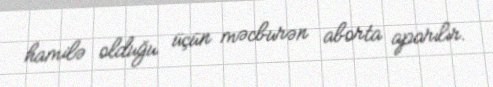
hamilə olduğu üçün məcburən aborta aparılır.